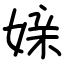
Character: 媇